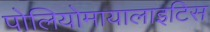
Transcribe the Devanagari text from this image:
पोलियोमायालाइटिस